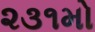
૨૩૧મો